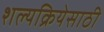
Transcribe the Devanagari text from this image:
शल्यक्रियेसाठी